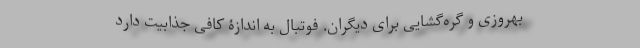
بهروزی و گره‌گشایی برای دیگران. فوتبال به اندازۀ کافی جذابیت دارد